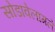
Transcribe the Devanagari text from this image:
सोडावेलागले